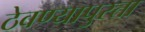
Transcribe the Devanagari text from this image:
ठेवण्यापुरता